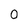
Character: o